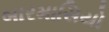
બારમાસિયો